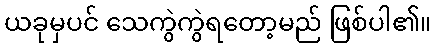
ယခုမှပင် သေကွဲကွဲရတော့မည် ဖြစ်ပါ၏။